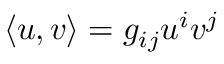
\langle u , v \rangle = g _ { i j } u ^ { i } v ^ { j }